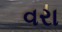
વરા